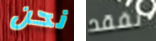
نحن نفقد